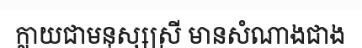
ក្លាយជាមនុស្សស្រី មានសំណាងជាង